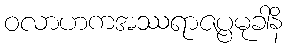
ဝလာဟကအဿရာဇပ္ပမုခါနိ